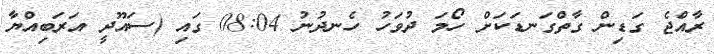
ރާއްޖެ ގަޑިން ގާތްގަނޑަކަށް ހޯމަ ދުވަހު ހެނދުނު 08:04 ގައި (ސައޫދީ އަރަބިއްޔާ